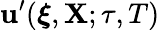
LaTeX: \mathbf{u}^{\prime}(\boldsymbol{\xi},\mathbf{X};\tau,T)